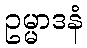
ဥမ္မာဒနံ